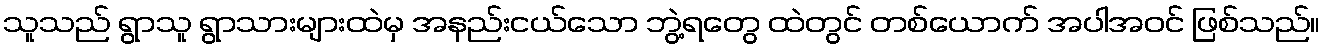
သူသည် ရွာသူ ရွာသားများထဲမှ အနည်းငယ်သော ဘွဲ့ရတွေ ထဲတွင် တစ်ယောက် အပါအဝင် ဖြစ်သည်။